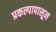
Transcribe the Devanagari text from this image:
प्रकल्पापासून